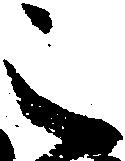
之